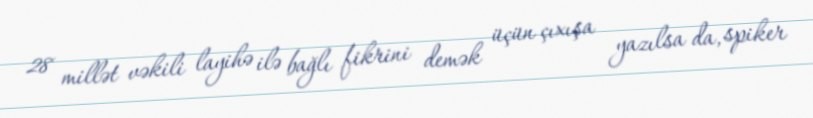
28 millət vəkili layihə ilə bağlı fikrini demək üçün çıxışa yazılsa da, spiker